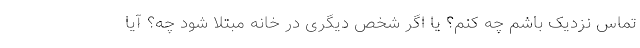
تماس نزدیک باشم چه کنم؟ یا اگر شخص دیگری در خانه مبتلا شود چه؟ آیا